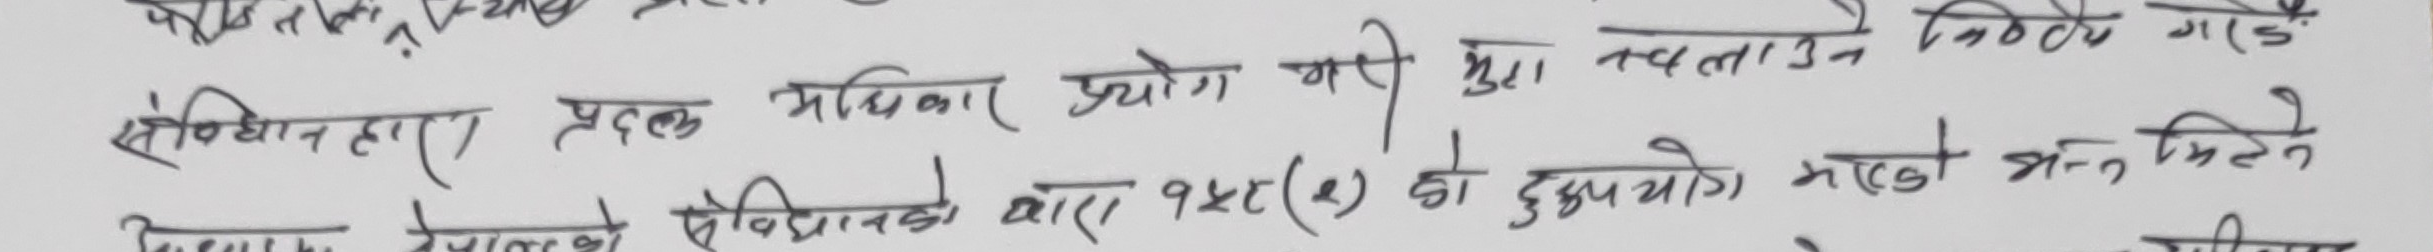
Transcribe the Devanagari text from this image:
संविधानद्वारा प्रदत्त अधिकार प्रयोग गरी मुद्दा चलाउने किटानी माग
अनुसार देवालिया संविधानको धारा १५८(२) को दुरुपयोग भएको भनि मिले